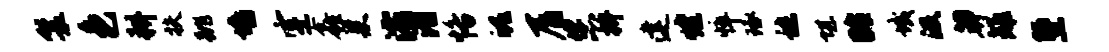
鬟色耕扶跳墙空鑫巢灞泪恪魄屑您拚建煌悴琢秣堪眙域汲莽雉堕